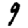
Digit: 9